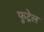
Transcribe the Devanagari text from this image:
फुट्रेल